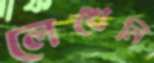
লেখেনি